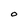
Character: U